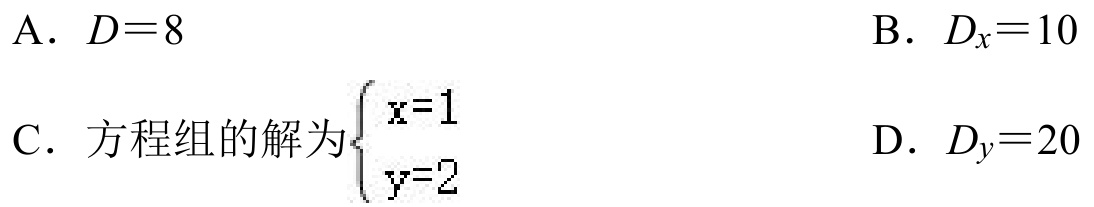
A. \(D = 8\)
B. \(D_{x}=10\)
C. 方程组的解为\(\begin{cases}x = 1\\y = 2\end{cases}\)
D. \(D_{y}=20\)